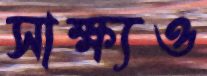
সাক্ষ্যও